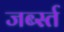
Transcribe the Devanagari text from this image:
जर्ब्स्त